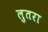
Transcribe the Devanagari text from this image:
लुतरा